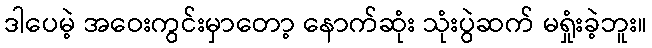
ဒါပေမဲ့ အဝေးကွင်းမှာတော့ နောက်ဆုံး သုံးပွဲဆက် မရှုံးခဲ့ဘူး။